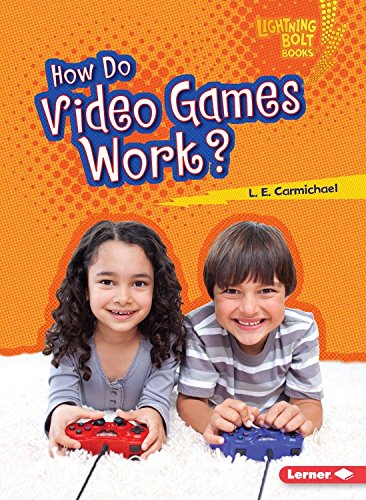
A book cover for How Do Video Games Work? (Lightning Bolt Books Our Digital World); L. E. Carmichael; Children's Books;